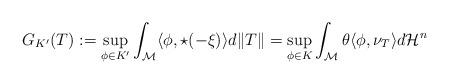
LaTeX: \begin{align*}G_{K'}(T) := \sup_{\phi\in K'} \int_{\mathcal{M}} \langle \phi , \star (-\xi) \rangle d\|T\| = \sup_{\phi\in K} \int_{\mathcal{M}} \theta\langle \phi , \nu_T \rangle d\mathcal{H}^{n} \end{align*}